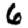
Digit: 6